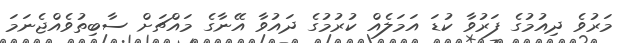
މަރުވެ ދިއުމުގެ ފަރުވާ ކުޑަ އަމަލެއް ކުރުމުގެ ދައުވާ އޭނާގެ މައްޗަށް ސާބިތުވެއްޖެނަމަ